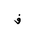
Letter: _fa